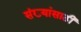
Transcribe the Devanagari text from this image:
संख्यांसाठी